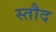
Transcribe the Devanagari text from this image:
स्तौद